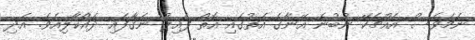
ނަމަވެސް އެއްޗެކޭ ނުބުނެ އޭނާގެ އަތުގައި އޮތް ފައިލު ނަގާފައި ދައްކާލިއެވެ. އަދި